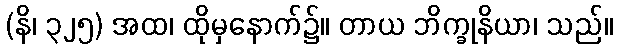
(နိ၊ ၃၂၅) အထ၊ ထိုမှနောက်၌။ တာယ ဘိက္ခုနိယာ၊ သည်။